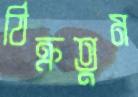
ঠিক্‌রতুম